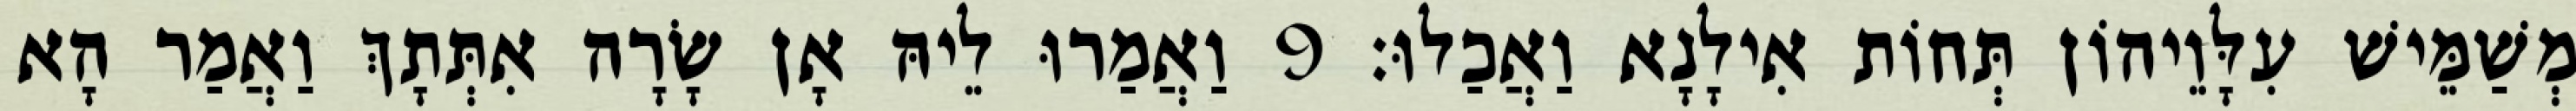
מְשַׁמֵּישׁ עִלָּוֵיהוֹן תְּחוֹת אִילָנָא וַאֲכַלוּ׃ 9 וַאֲמַרוּ לֵיהּ אָן שָׂרָה אִתְּתָךְ וַאֲמַר הָא